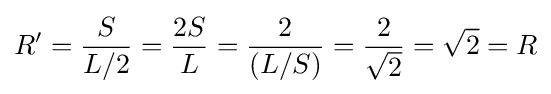
R'={\frac {S}{L/2}}={\frac {2S}{L}}={\frac {2}{(L/S)}}={\frac {2}{\sqrt {2}}}={\sqrt {2}}=R